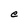
Character: e